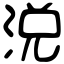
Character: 涚